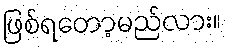
ဖြစ်ရတော့မည်လား။